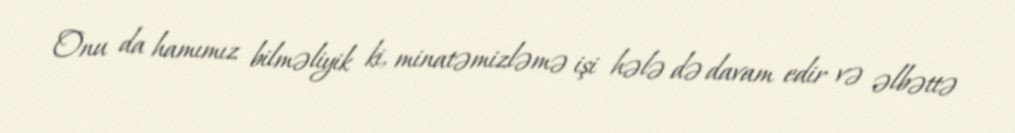
Onu da hamımız bilməliyik ki, minatəmizləmə işi hələ də davam edir və əlbəttə